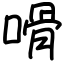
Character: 嗗